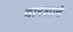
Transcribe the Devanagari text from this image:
वारशाने